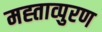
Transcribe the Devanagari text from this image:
मह्ताव्पुरण